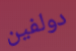
دولفين